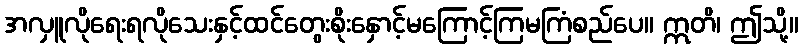
အလှူလိုရေးရလိုသေးနှင့်ထင်တွေးစိုးနှောင့်မကြောင့်ကြမကြံစည်ပေ။ ဣတိ၊ ဤသို့။